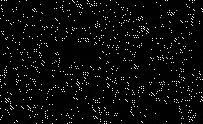
gaajhkh